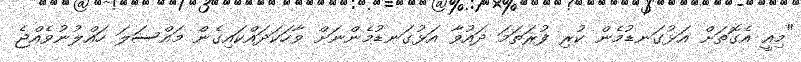
"މިއީ އެގޮތަށް އަޅުގަނޑުމެން ކުރި ފުރަތަމަ ދައުވާ އަޅުގަނޑުމެންނަށް ވާހަކަދައްކައިގެން މައްސަލަ ހައްލުނުވެއްޖެ